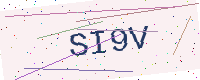
Text: SI9V